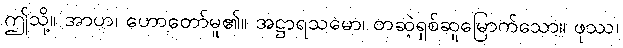
ဤသို့။ အာဟ၊ ဟောတော်မူ၏။ အဋ္ဌာရသမော၊ တဆဲ့ရှစ်ဆူမြောက်သော။ ဖုဿ၊